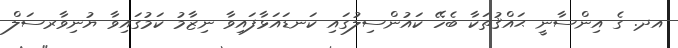
އދ. ގެ އިންސާނީ ޙައްޤުތަކާ ބެހޭ ކައުންސިލުގައި ކަނޑައަޅާފައިވާ ނިޒާމު ކަމުގައިވާ ޔުނިވާރސަލް